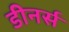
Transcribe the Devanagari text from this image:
डीनर्स